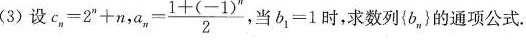
(3)设$${c_{n|}=2^{n}+n$$ $$a_{n}= \frac{1+(-1)^{n}}{2},$$ 当b_{1|=1时，求数列b_{n|的通项公式。